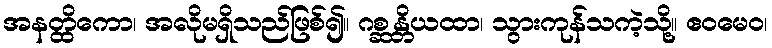
အနတ္ထိကော၊ အလိုမရှိသည်ဖြစ်၍။ ဂစ္ဆန္တိယထာ၊ သွားကုန်သကဲ့သို့။ ဧဝမေဝ၊